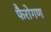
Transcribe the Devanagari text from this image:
फैरोगण